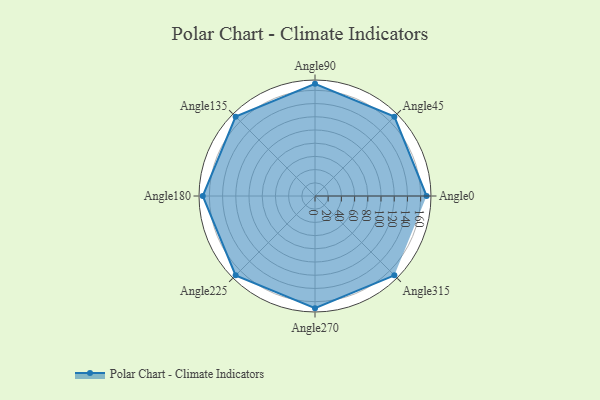
{"axis": {"x": "Angle", "y": "Radius"}, "legend": [""], "data": [{"x": "Angle0", "y": 169.0, "type": ""}, {"x": "Angle45", "y": 170, "type": ""}, {"x": "Angle90", "y": 170, "type": ""}, {"x": "Angle135", "y": 170, "type": ""}, {"x": "Angle180", "y": 170, "type": ""}, {"x": "Angle225", "y": 170, "type": ""}, {"x": "Angle270", "y": 170, "type": ""}, {"x": "Angle315", "y": 170, "type": ""}]}